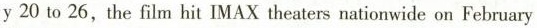
y 20 to 26, the film hit IMAX theaters nationwide on February